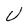
Character: U